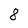
Character: 8